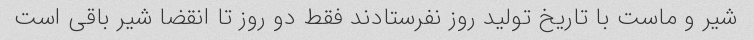
شیر و ماست با تاریخ تولید روز نفرستادند فقط دو روز تا انقضا شیر باقی است